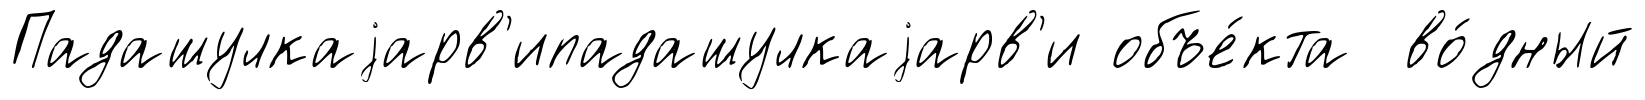
Падашулкаjарв'ипадашулкаjарв'и объе́кта во́дный